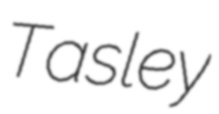
Tasley